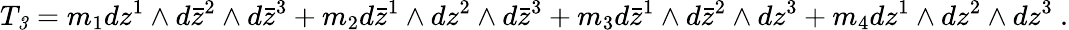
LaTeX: T_{\mathit 3}=m_{1}dz^{1}\wedge d\bar{z}^{2}\wedge d\bar{z}^{3}+m_{2}d\bar{z}^{1}\wedge dz^{2}\wedge d\bar{z}^{3}+m_{3}d\bar{z}^{1}\wedge d\bar{z}^{2}\wedge dz^{3}+m_{4}dz^{1}\wedge dz^{2}\wedge dz^{3}\ .